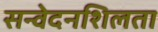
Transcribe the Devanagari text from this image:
सन्वेदनशिलता